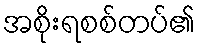
အစိုးရစစ်တပ်၏